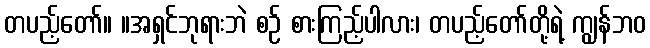
တပည့်တော်။ ။အရှင်ဘုရားဘဲ စဉ် စားကြည့်ပါလား၊ တပည့်တော်တို့ရဲ့ ကျွန်ဘဝ